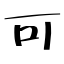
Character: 可